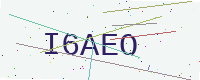
Text: I6AEO